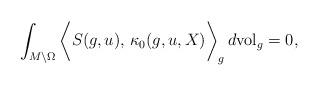
LaTeX: \begin{align*}\int_{M\setminus \Omega} \bigg\langle S(g, u),\, \kappa_0(g, u, X) \bigg \rangle_g\, d\mathrm{vol}_g &=0 ,\end{align*}